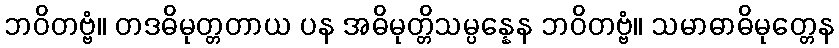
ဘဝိတဗ္ဗံ။ တဒဓိမုတ္တတာယ ပန အဓိမုတ္တိသမ္ပန္နေန ဘဝိတဗ္ဗံ။ သမာဓာဓိမုတ္တေန